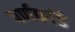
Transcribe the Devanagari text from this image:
पर्णकांडे